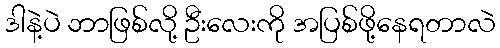
ဒါနဲ့ပဲ ဘာဖြစ်လို့ ဦးလေးကို အပြစ်ဖို့နေရတာလဲ